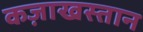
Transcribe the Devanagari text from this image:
कज़ाखस्तान